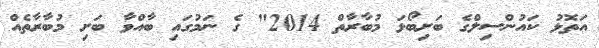
އަތޮޅު ކައުންސިލްގެ ބަށިބޯޅަ މުބާރާތް 2014" ގެ ނަމުގައި ބާއްވާ ބަށި މުބާރާތެއް